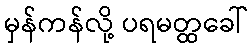
မှန်ကန်လို့ ပရမတ္ထခေါ်